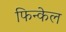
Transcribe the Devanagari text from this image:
फिन्केल